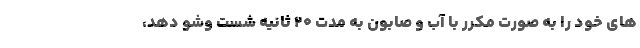
های خود را به صورت مکرر با آب و صابون به مدت ۲۰ ثانیه شست وشو دهد،